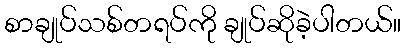
စာချုပ်သစ်တရပ်ကို ချုပ်ဆိုခဲ့ပါတယ်။